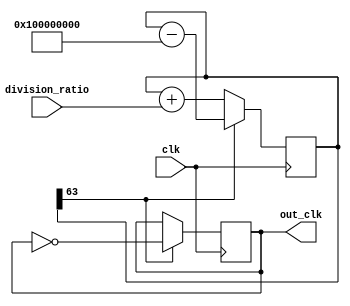
module floating_point_clock_divider (
    input wire clk,
    input wire [31:0] division_ratio,
    output reg out_clk
);

reg [63:0] counter;
reg [31:0] remainder;

always @(posedge clk) begin
    counter <= counter + division_ratio;
    remainder <= counter[31:0];
    if(counter[63]) begin
        out_clk <= ~out_clk;
        counter <= counter - (64'd1 << 32);
    end
end

endmodule